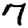
Digit: 7